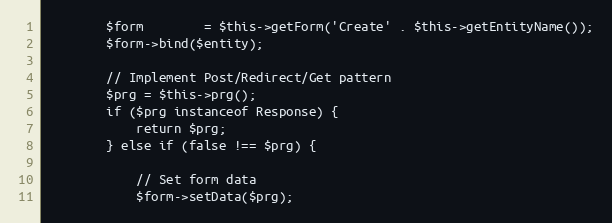
Language: PHP
        $form        = $this->getForm('Create' . $this->getEntityName());
        $form->bind($entity);

        // Implement Post/Redirect/Get pattern
        $prg = $this->prg();
        if ($prg instanceof Response) {
            return $prg;
        } else if (false !== $prg) {

            // Set form data
            $form->setData($prg);